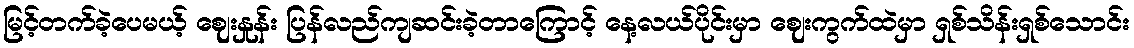
မြင့်တက်ခဲ့ပေမယ့် ဈေးနှုန်း ပြန်လည်ကျဆင်းခဲ့တာကြောင့် နေ့လယ်ပိုင်းမှာ ဈေးကွက်ထဲမှာ ရှစ်သိန်းရှစ်သောင်း